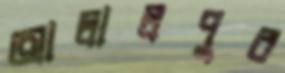
আলালপুর